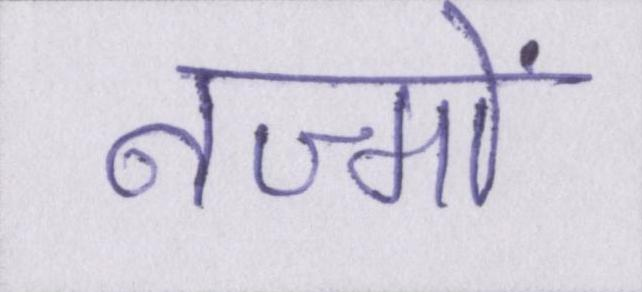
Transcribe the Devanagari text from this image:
नज्मों